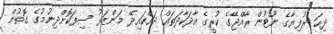
ދިހަ ރުފިޔާގެ ނޫޓުން ރާއްޖޭގެ ކުރީގެ އާދަކާދަތައް ދައްކައިދޭ މަންޒަރު ސިފަކޮށްދިނުމުގެ ގޮތުން